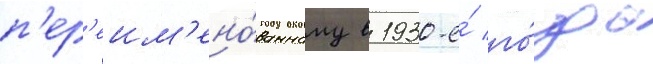
п'ер'еим'ено́ванному в 1930-е́ го́ды